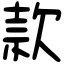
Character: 款